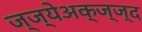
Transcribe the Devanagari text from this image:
ज्ज्येअक्ज्ज्द